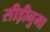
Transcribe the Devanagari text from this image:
सीड़ीनुमा